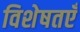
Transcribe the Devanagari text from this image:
विशेषतएँ